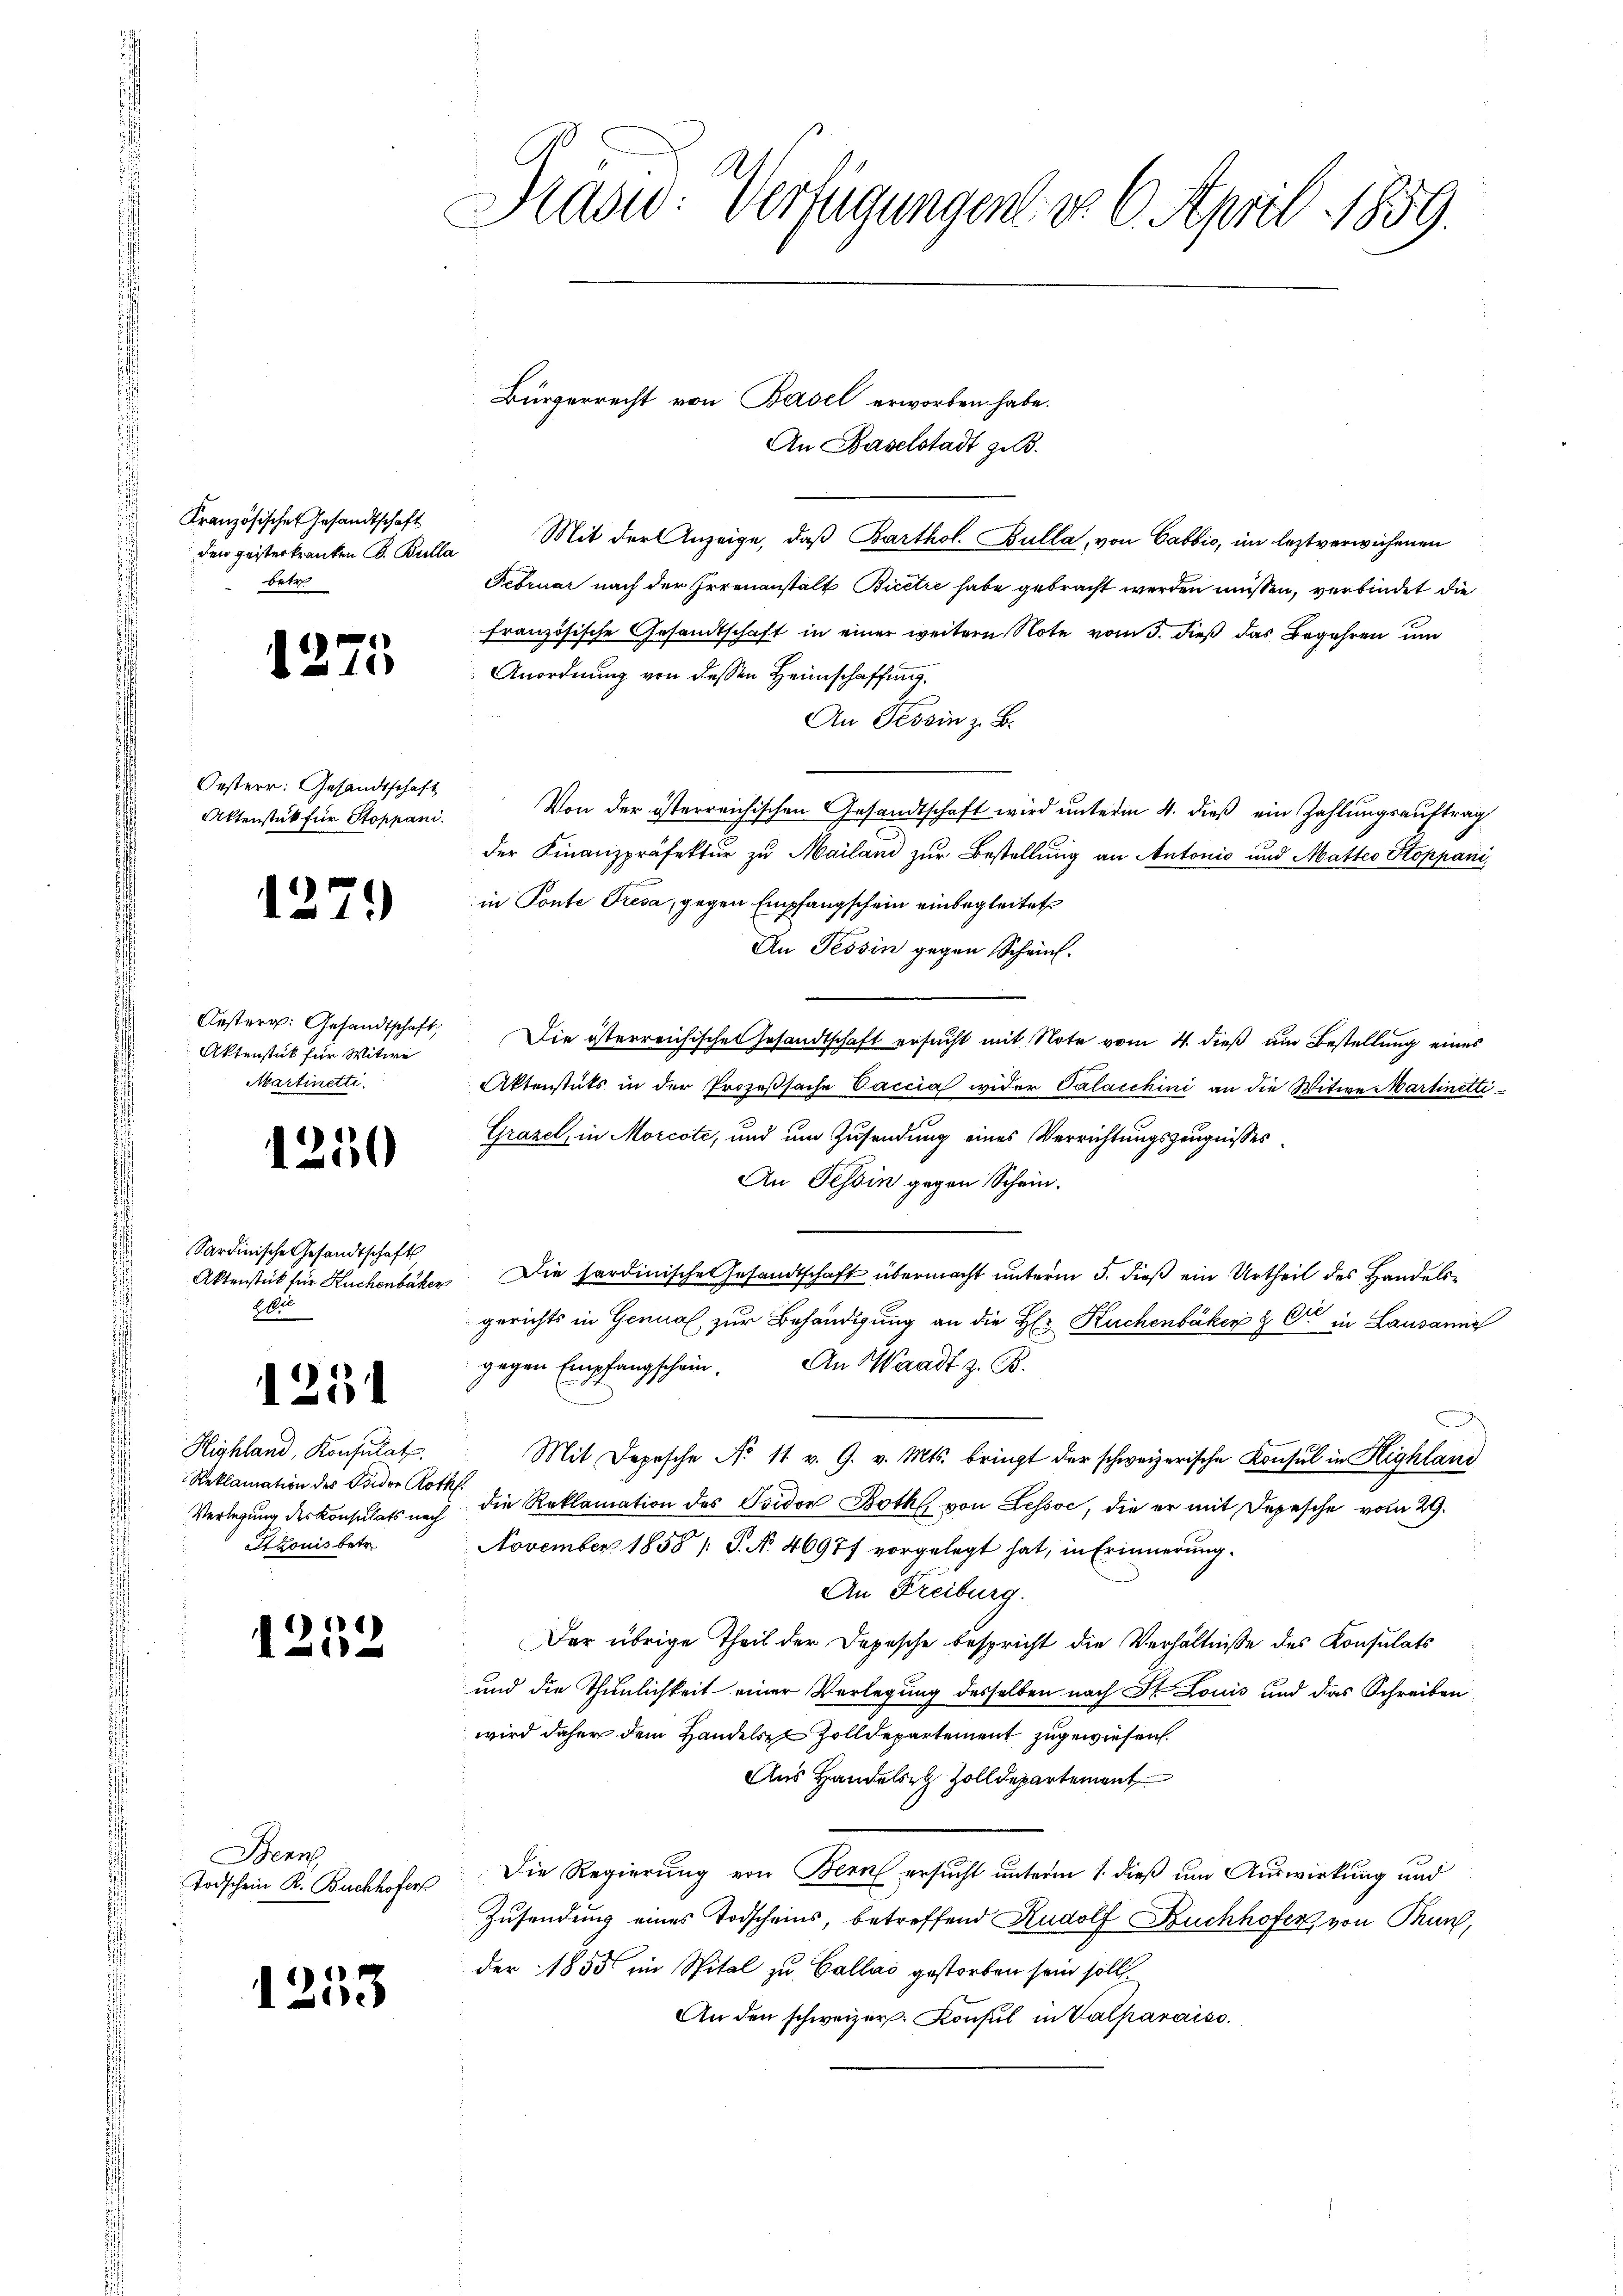
Kranzösische Gesandtschaft
den geisterkranken d. Bulla
betr

.

12

1250

Orsterr: Gesandtschaft
Aktenstück für Stoppani.

Oesterr. Gesandtschaft,
Aktenstück für Witwe
Martinetti.

Sardinische Gesandtschaft
Aktenstück für Kuchenbachen
ku

25

75

Highland, Konsulat
Reklamation des Beider Roth
Verlegung des Konsulats nach
Louis betr.

2

1253

)

Benn
Todschein R. Buchhofers

Präsid. Verfügungen d. 6. April 1859.

Bürgerrecht von Basel erworben habe.
An Baselstadt zu.
Mit der Anzeige, daß Barthol. Bulla, von Cabbio, im leztverwichenen
Februar nach der Irrenanstalt Bicere habe gebracht werden müssen, verbindet die
französische Gesandtschaft in einer weitern Note vom 3. dieß das Begehren und
Anordnung von dessen Heimschaffung,
An Tessin z. B.
Von der österreichischen Gesandtschaft wird unterm 4. dieß ein Zahlungsauftrag
der Finanzpräfektur zu Mailand zur Bestellung an Antonis und Matteo Stoppaniin Ponte Presa, gegen Empfangschein einbegleitet
An Tessin gegen Schein.
Die österreichischen Gesandtschaft ersucht mit Note vom 4. dieß am Bestellung eines
Aktenstuts in der Prozeßsache Vaccia wider Palacchini an die Witwe Martinetti¬
Grazel, in Morcote, und um Zusendung eines Verrichtungszeugnisses
An Tessin gegen Schein.
Die hardinische Gesandtschaft übermacht unterm 5. dieß ein Urtheil des Handelsgerichts in Genual zur Behändigung an die H: Kuchenbaker & Cie in Lausanne
gegen Empfangschein. An Waadt z. B.
Mit Depesche No 11 v. 9. v. Mts. bringt der schweizerische Konsul in Highland
die Reklamation des Isidor Both von Lessor, die er mit Depesche vom 29.
November 1858 /S. N. 46977 vorgelegt hat, in Erinnerung
An Freiburg.
Der übrige Theil der Depesche bespricht die Verhältnisse des Konsulats
und die Thunlichkeit einer Verlegung desselben nach Dr Louis und das Schreiben
wird daher dem Handels Zolldepartement zugewiesen.
Aus Handels Zolldepartement
Die Regierung von Bern ersucht unterm 1. dieß um Auswirkung und
Zusendung eines Todscheins, betreffend Rudolf Buchhofer von Thun,
der 1855 im Spital zu Callai gestorben sein sollt.
An den schweizer. Konsul in Valparaiso